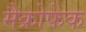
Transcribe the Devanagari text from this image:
मैक्रोफेक